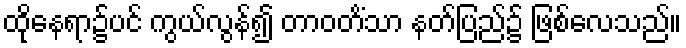
ထိုနေရာ၌ပင် ကွယ်လွန်၍ တာဝတိံသာ နတ်ပြည်၌ ဖြစ်လေသည်။